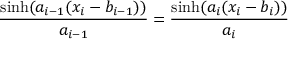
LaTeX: { \frac { \sinh ( a _ { i - 1 } ( x _ { i } - b _ { i - 1 } ) ) } { a _ { i - 1 } } } = { \frac { \sinh ( a _ { i } ( x _ { i } - b _ { i } ) ) } { a _ { i } } }